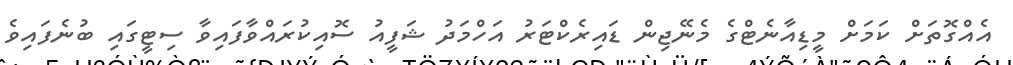
އެއްގޮތަށް ކަމަށް މީޑިއާނެޓްގެ މެނޭޖިން ޑައިރެކްޓަރު އަހްމަދު ޝަފީއު ސޮއިކުރައްވާފައިވާ ސިޓީގައި ބުނެފައިވެ